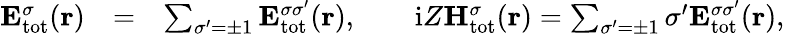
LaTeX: \begin{array}{rlr}{{\mathbf E}_{\mathrm{{tot}}}^{\sigma}({\mathbf r})}&{=}&{\sum_{\sigma^{\prime}=\pm 1}{\mathbf E}_{\mathrm{tot}}^{\sigma\sigma^{\prime}}({\mathbf r}),\qquad\mathrm{i}Z{\mathbf H}_{\mathrm{tot}}^{\sigma}({\mathbf r})=\sum_{\sigma^{\prime}=\pm 1}\sigma^{\prime}{\mathbf E}_{\mathrm{{tot}}}^{\sigma\sigma^{\prime}}({\mathbf r}),}\end{array}